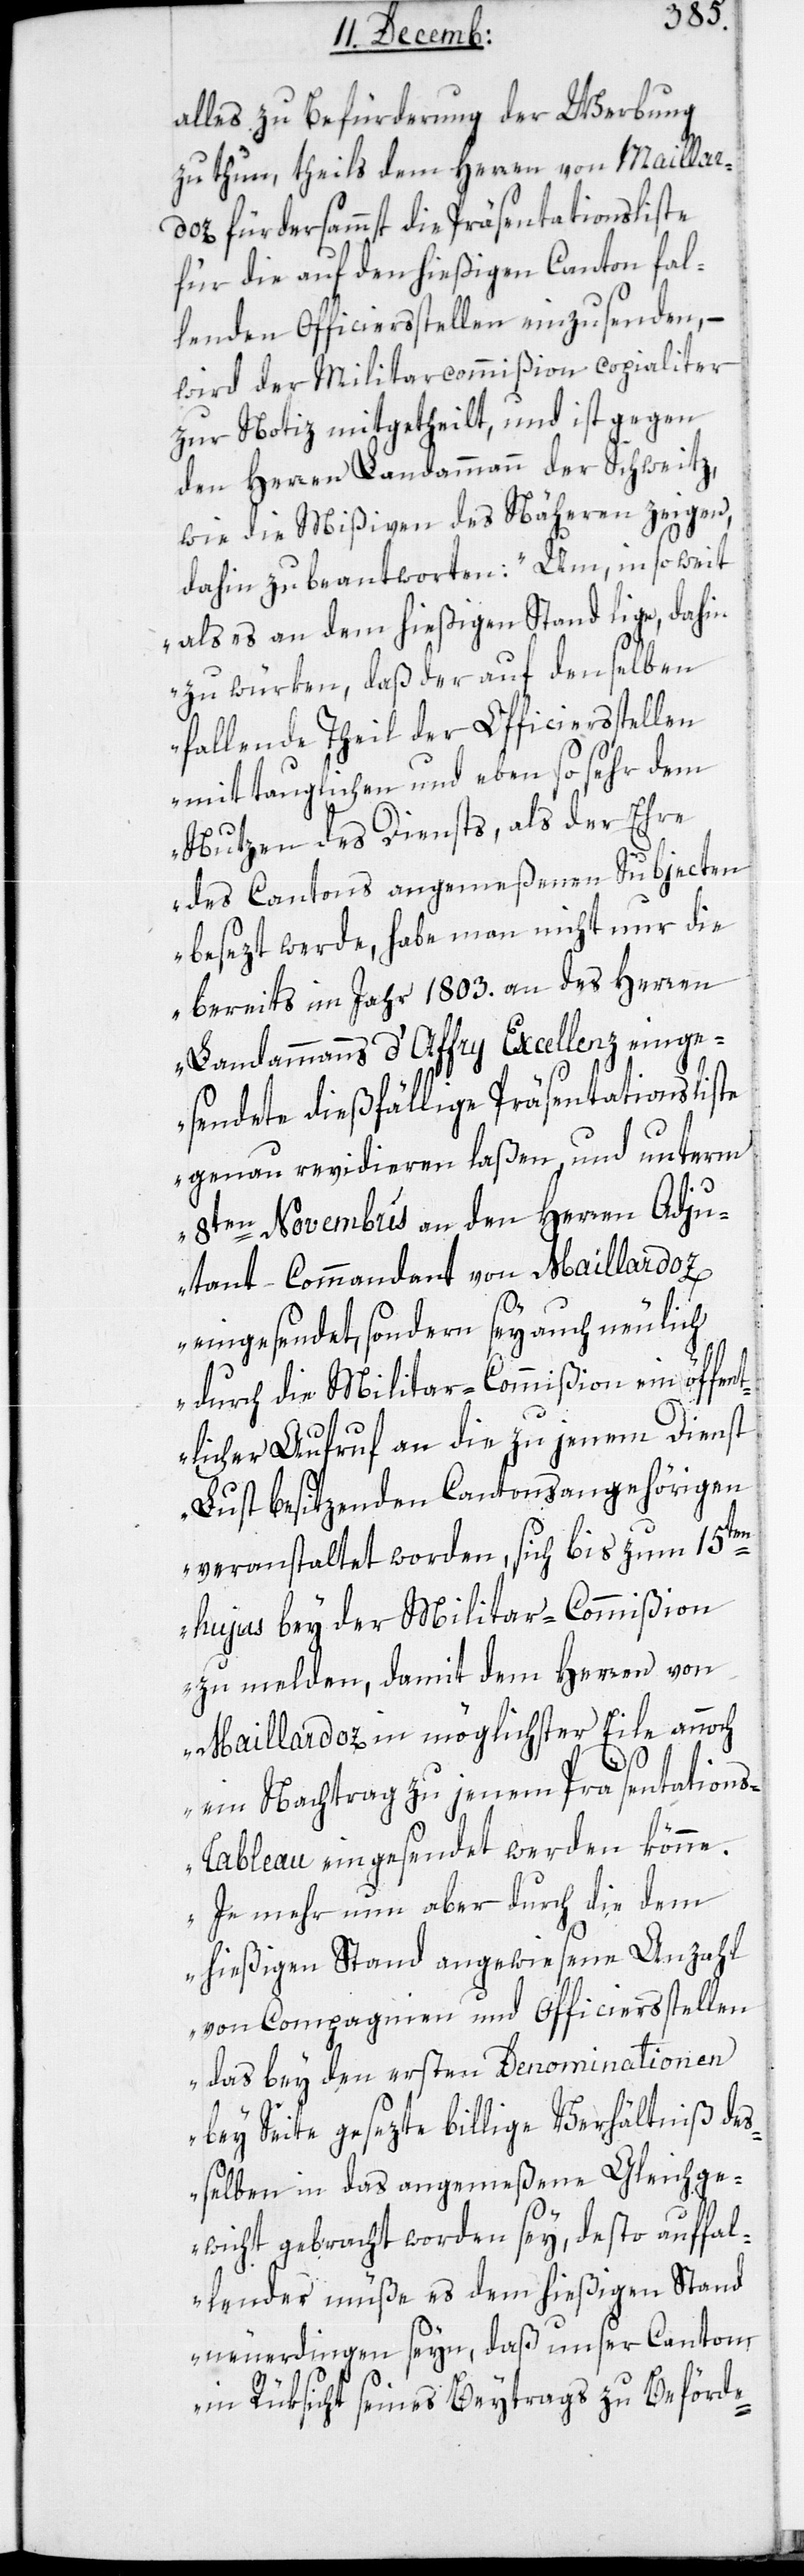
alles zu Befürderung der Werbung
zu thun, theils dem Herren von Maillar¬
doz fürdersammst die Präsentationsliste
für die auf den hießigen Canton fal¬
lenden Officiersstellen einzusenden, –
wird der Militarcommißion copialiter
zur Notiz mitgetheilt, und ist gegen
den Herren Landammann der Schweitz,
wie die Mißiven des Nähern zeigen,
dahin zu beantworten: „Um, insoweit
als es an dem hießigen Stand liege, dahin
zu würken, daß der auf denselben
fallenden Theil der Officiersstellen
mit tauglichen und eben so sehr dem
Nutzen des Diensts, als der Ehre
des Cantons angemeßenen Subjecten
besezt werde, habe man nicht nur die
bereits im Jahr 1803. an des Herren
Landammanns d’Affry Excellenz einge¬
sendete dießfällige Präsentationsliste
genau revidieren laßen, und unterm
8ten Novembris an den Herren Adju¬
dant-Commmandant von Maillardoz
eingesendet, sondern sey auch neulich
durch die Militar-Commißion ein öffent¬
licher Aufruf an die zu jenem Dienst
Lust besitzenden Cantonangehörigen
veranstaltet worden, sich bis zum 15ten
hujus bey der Militar-Commißion
zu melden, damit dem Herren von
Maillardoz in möglichster Eile annoch
ein Nachtrag zu jenem Präsentation¬
s-Tableau eingesendet werden könne.
Je mehr nun aber durch die dem
hießigen Stand angewiesene Anzahl
von Compagnien und Officiersstellen
das bey den ersten Denominationen
bey Seite gesezte billige Verhältniß de¬
ßelben in das angemeßene Gleichge¬
wicht gebracht worden sey, desto auffal¬
lender müße es dem hießigen Stand
neuerdingen seyn, daß unser Canton
in Rüksicht seines Beytrags zur Beförde-